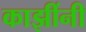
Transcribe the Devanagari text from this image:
काझींनी